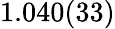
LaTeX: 1.040(33)